65_HS1-834228961_62-HQ-83894_Section_10
Agency: FBI
Page 120
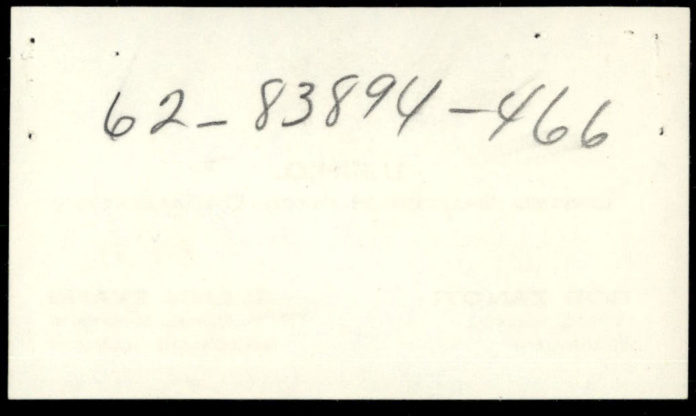